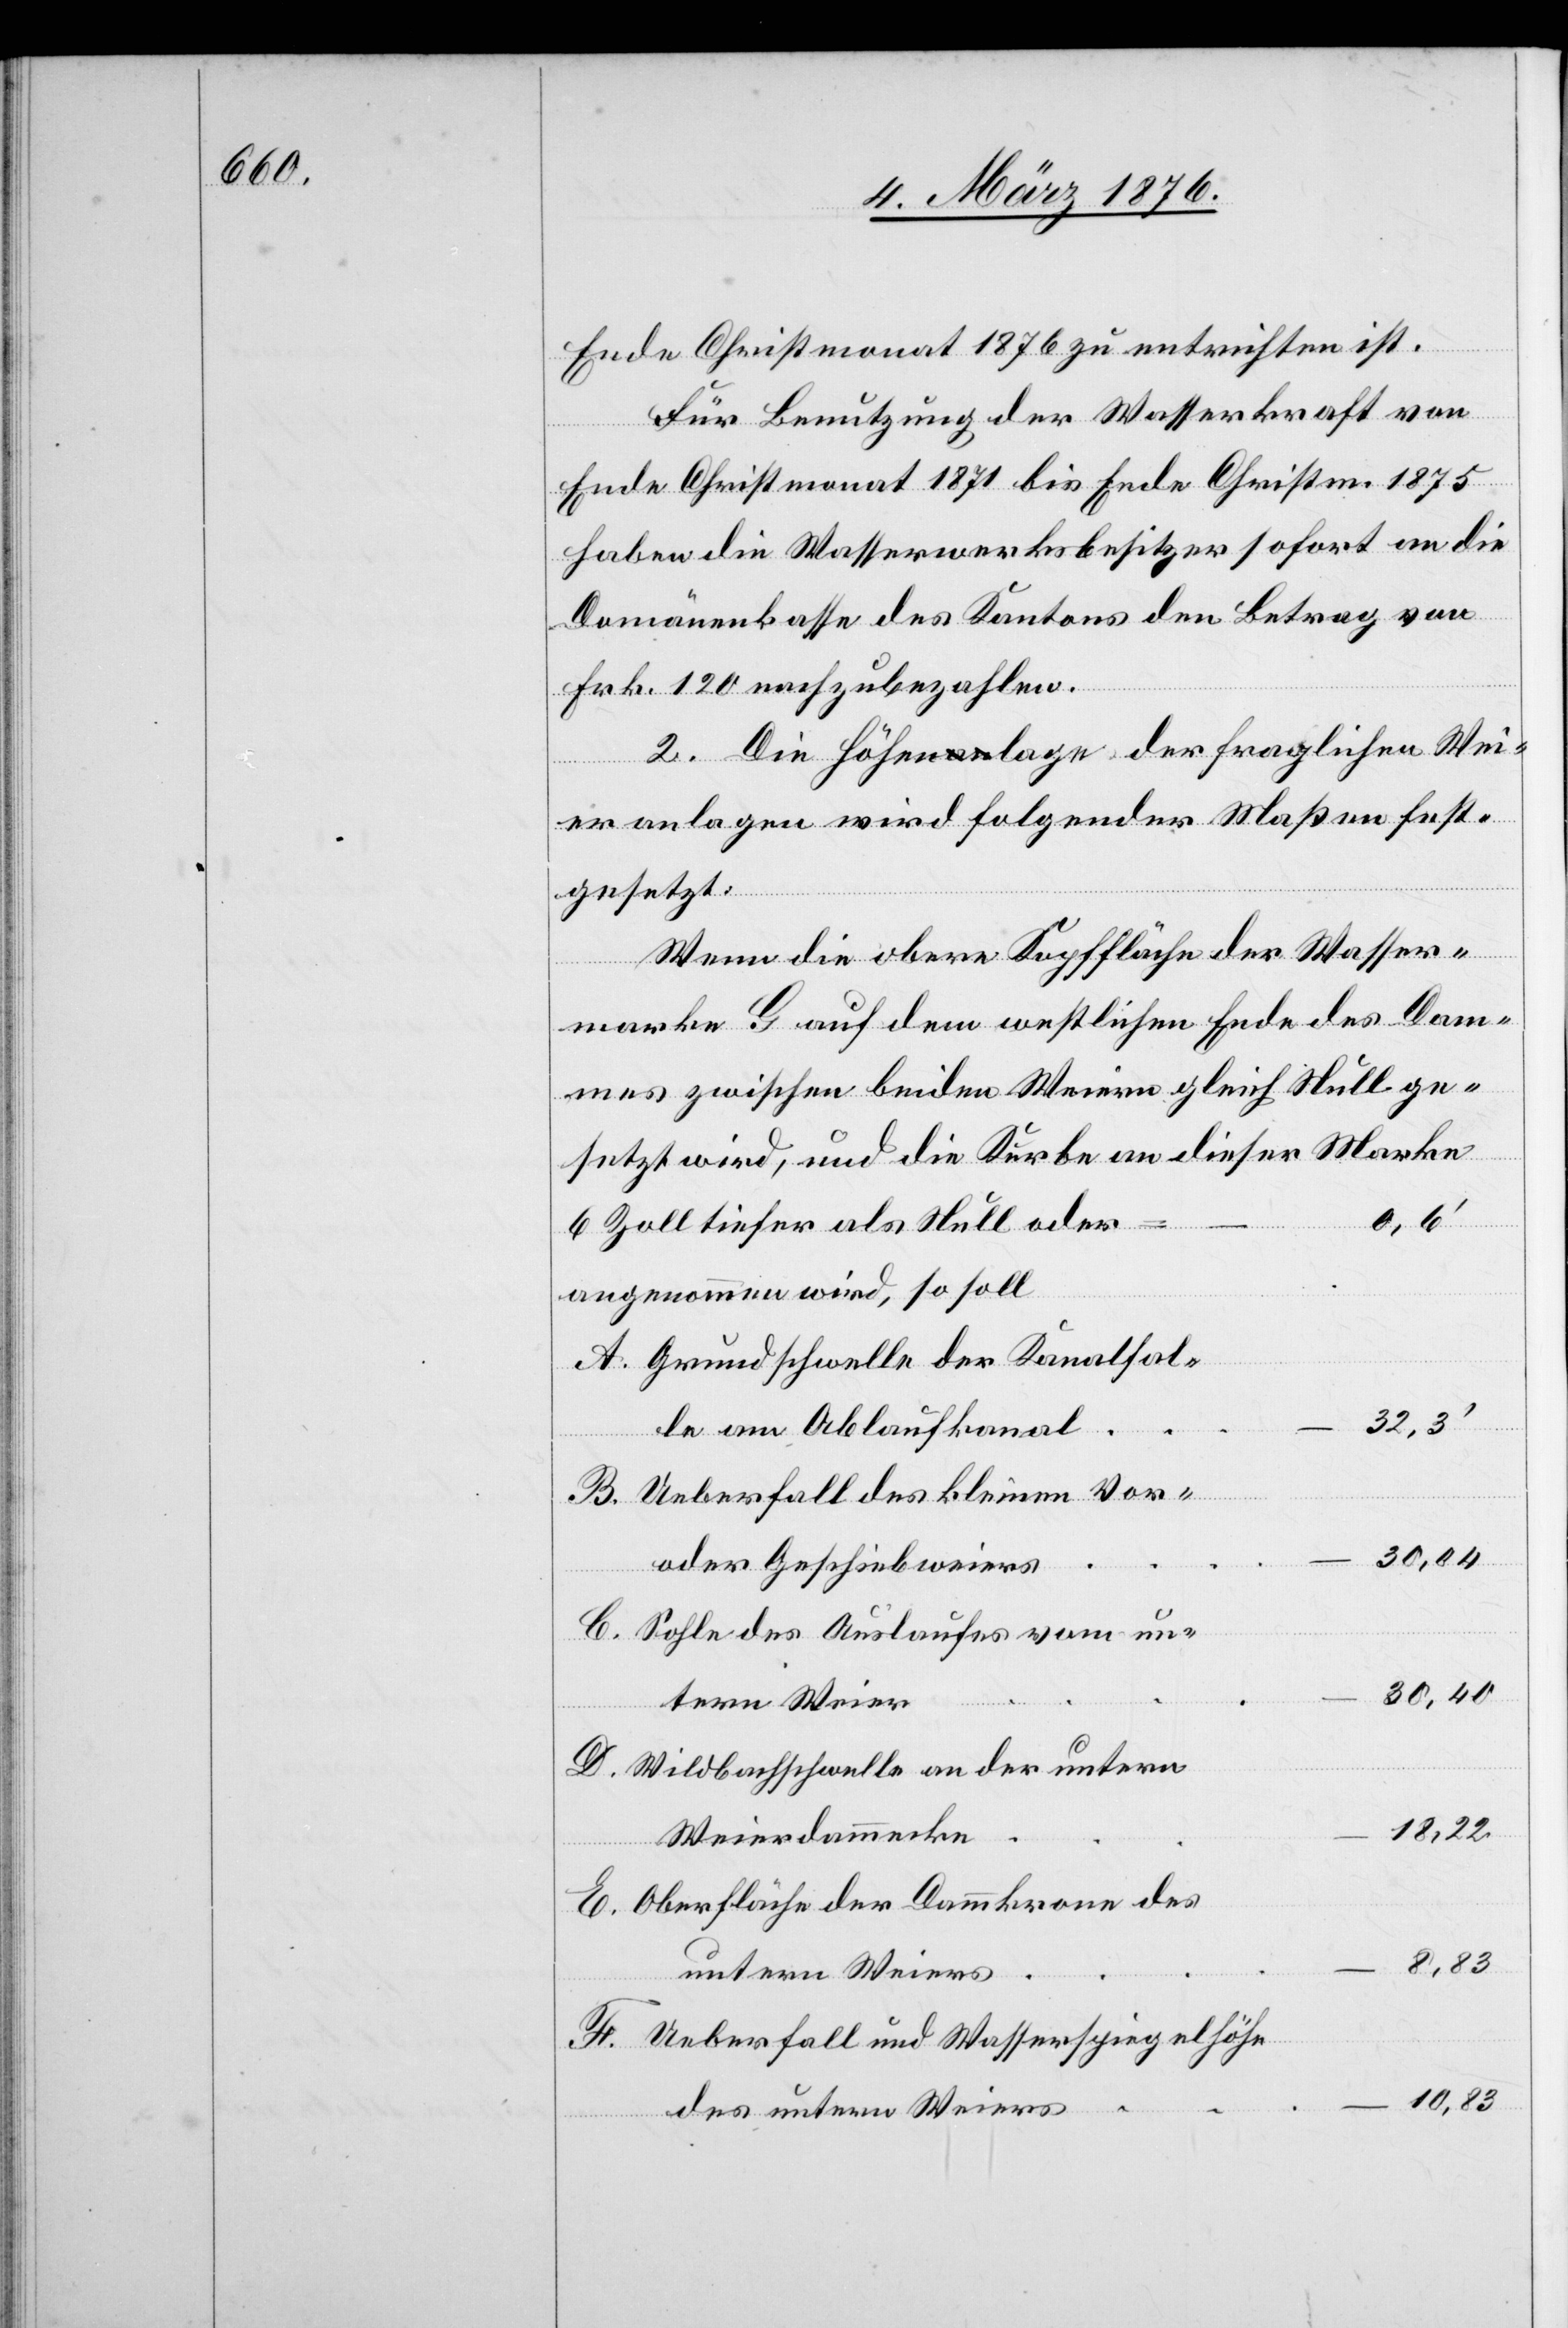
Ende Christmonat 1876 zu entrichten ist.
Für Benutzung der Wasserkraft von
Ende Christmonat 1871 bis Ende Christm. 1875
haben die Wasserwerkbesitzer sofort an die
Domänenkasse des Kantons den Betrag von
Frk. 120 nachzubezahlen.
2. Die Höhenlage der fraglichen Wei¬
eranlagen wird folgender Maßen fest¬
gesetzt:
Wenn die obere Kopffläche der Wasser¬
werke G auf dem westlichen Ende des Dam¬
mes zwischen beiden Weiern gleich Null ge¬
setzt wird, und die Kurbe an dieser Marke
6 Zoll tiefer als Null oder
angenommen wird, so soll
Grundschwelle der Kanalfal¬
32,3’
le am Ablaufkanal
Ueberfall des kleinen Vor-
30,04
oder Geschiebweiers
Sohle des Auslaufes vom un¬
30,40
…
tern Weier
Wildbachschwelle an der untern
Weierdammecke
…
Oberfläche der Dammkrone des
8,83
untern Weiers
Ueberfall und Wasserspiegelhöhe
10,83
F.
des untern Weiers